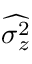
\widehat { \sigma _ { z } ^ { 2 } }